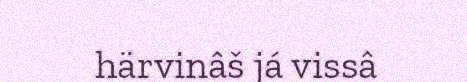
härvinâš já vissâ